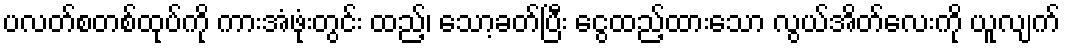
ပလတ်စတစ်ထုပ်ကို ကားအံဖုံးတွင်း ထည့်၊ သော့ခတ်ပြီး ငွေထည့်ထားသော လွယ်အိတ်လေးကို ယူလျက်